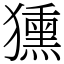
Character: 獯